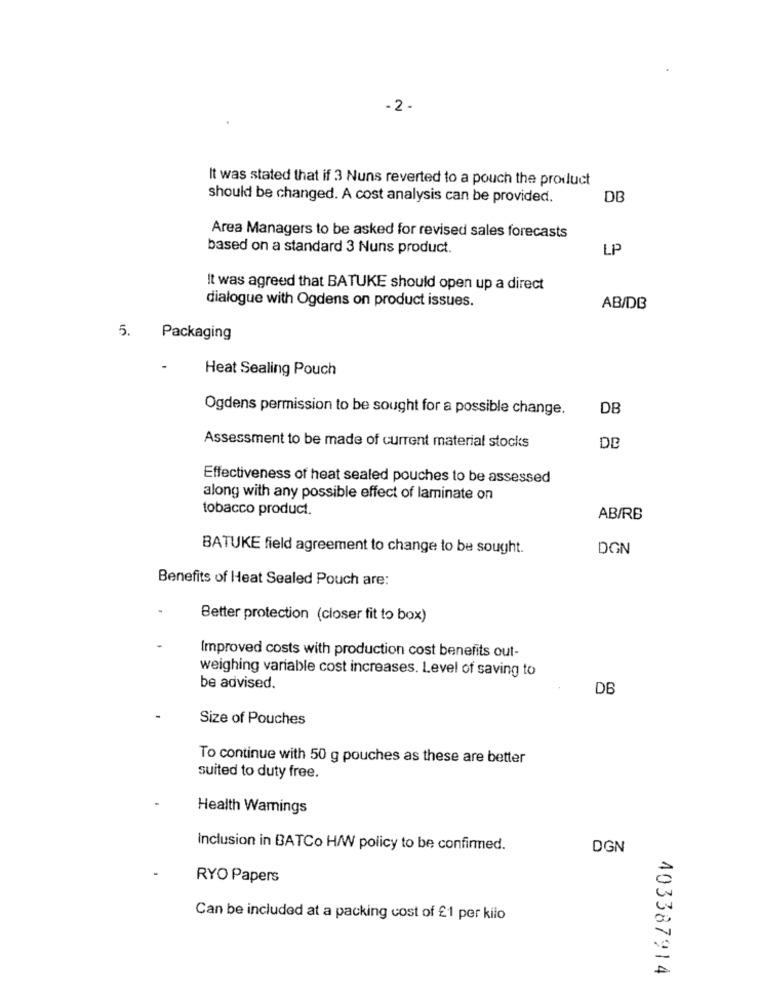
- 2 -
It was stated that if 3 Nuns reverted to a pouch the product
should be changed. A cost analysis can be provided.
DB
Area Managers to be asked for revised sales forecasts
based on a standard 3 Nuns product.
LP
It was agreed that BATUKE should open up a direct
dialogue with Ogdens on product issues.
AB/DB
5. Packaging
Heat Sealing Pouch
Ogdens permission to be sought for a possible change.
DB
Assessment to be made of current material stocks
DB
Effectiveness of heat sealed pouches to be assessed
along with any possible effect of laminate on
tobacco product.
AB/RB
BATUKE field agreement to change to be sought.
DGN
Benefits of Heat Sealed Pouch are:
Better protection (closer fit to box)
Improved costs with production cost benefits out-
weighing variable cost increases. Level of saving to
be advised.
DE
Size of Pouches
To continue with 50 g pouches as these are better
suited to duty free.
Health Warnings
Inclusion in BATCo H/W policy to be confirmed.
DGN
RYO Papers
Can be included at a packing cost of £1 per kilo
403387914